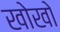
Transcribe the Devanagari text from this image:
खोखाे